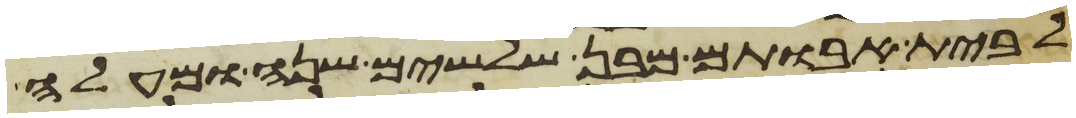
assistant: לבית אבותם מבן שלשים שנה ומעלה